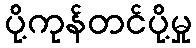
ပို့ကုန်တင်ပို့မှု